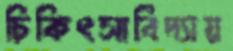
চিকিৎসাবিদ্যায়